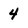
Character: 4